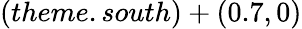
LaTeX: (theme.south)+(0.7,0)